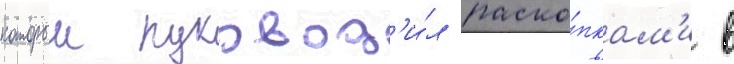
которыи руковод'и́л раско́пкам'и в